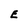
Character: E